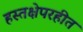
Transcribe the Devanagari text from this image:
हस्तक्षेपरहीत